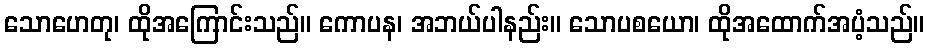
သောဟေတု၊ ထိုအကြောင်းသည်။ ကောပန၊ အဘယ်ပါနည်း။ သောပစယော၊ ထိုအထောက်အပံ့သည်။